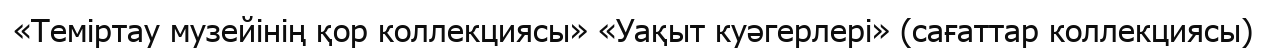
«Теміртау музейінің қор коллекциясы» «Уақыт куәгерлері» (сағаттар коллекциясы)